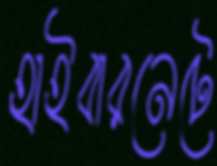
হাইবারনেটে